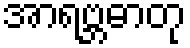
အာရဗ္ဘဓာတု